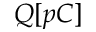
Q [ p C ]